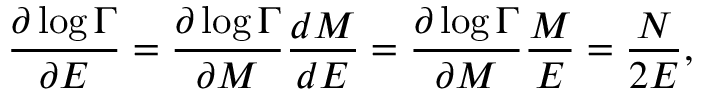
\frac { \partial \log { \Gamma } } { \partial E } = \frac { \partial \log { \Gamma } } { \partial M } \frac { d M } { d E } = \frac { \partial \log { \Gamma } } { \partial M } \frac { M } { E } = \frac { N } { 2 E } ,